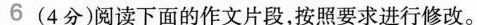
6(4分)阅读下面的作文片段，按照要求进行修改。